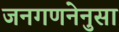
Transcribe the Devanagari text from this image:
जनगणनेनुसा